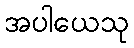
အပါယေသု